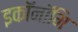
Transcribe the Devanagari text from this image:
इकॉनॉमि